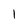
Character: 1